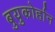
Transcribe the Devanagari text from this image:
बुयुकोर्हान